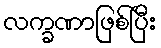
လက္ခဏာဖြစ်ပြီး